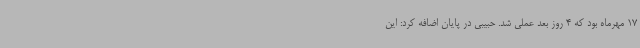
17 مهرماه بود که 4 روز بعد عملی شد. حبیبی در پایان اضافه کرد: این